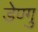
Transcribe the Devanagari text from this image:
डेण्गु